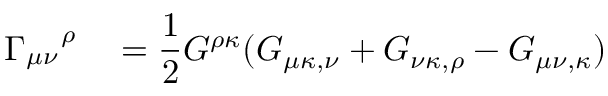
\Gamma _ { \mu \nu } ^ { \quad \rho \quad } = \frac { 1 } { 2 } G ^ { \rho \kappa } ( G _ { \mu \kappa , \nu } + G _ { \nu \kappa , \rho } - G _ { \mu \nu , \kappa } )